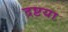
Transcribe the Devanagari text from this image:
द्रष्टया